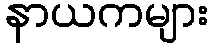
နာယကများ